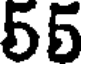
55